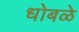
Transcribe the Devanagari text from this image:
धोबळे